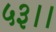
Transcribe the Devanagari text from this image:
५३।।